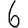
Digit: 6